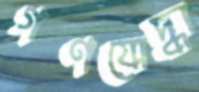
গণযোদ্ধা